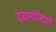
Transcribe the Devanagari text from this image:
देवमन्दिरों